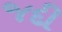
જદી